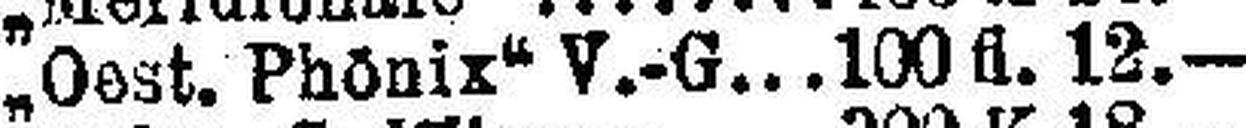
„Oest. Phönix“ V.-G 100 fl. 12.—